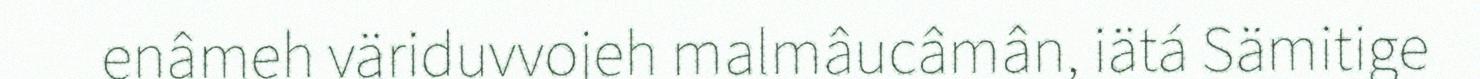
enâmeh väriduvvojeh malmâucâmân, iätá Sämitige